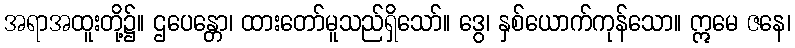
အရာအထူးတို့၌။ ဌပေန္တော၊ ထားတော်မူသည်ရှိသော်။ ဒွေ၊ နှစ်ယောက်ကုန်သော။ ဣမေ ဇနေ၊